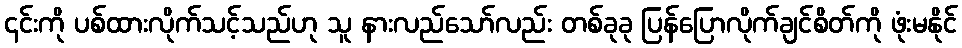
၎င်းကို ပစ်ထားလိုက်သင့်သည်ဟု သူ နားလည်သော်လည်း တစ်ခုခု ပြန်ပြောလိုက်ချင်စိတ်ကို ဖုံးမနိုင်